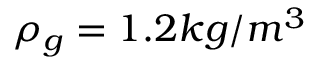
\rho _ { g } = 1 . 2 k g / m ^ { 3 }